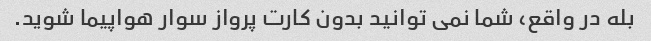
بله در واقع، شما نمی توانید بدون کارت پرواز سوار هواپیما شوید.